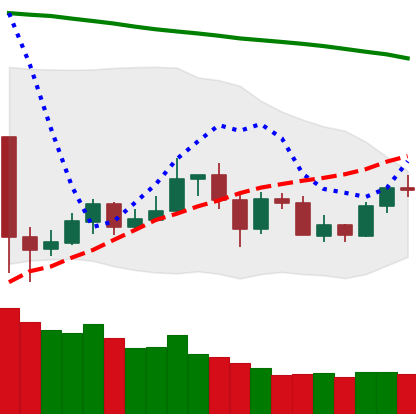
Ticker: LTC-USD
Chart end date: 2020-05-29
Forward return: 5.644%
Label: up_5_7